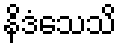
နိဒံသေသိ